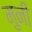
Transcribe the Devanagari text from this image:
मुनीं